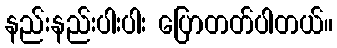
နည်းနည်းပါးပါး ပြောတတ်ပါတယ်။